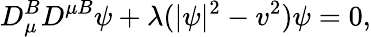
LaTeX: D_{\mu}^{B}D^{\mu B}\psi+\lambda(|\psi|^{2}-v^{2})\psi=0,